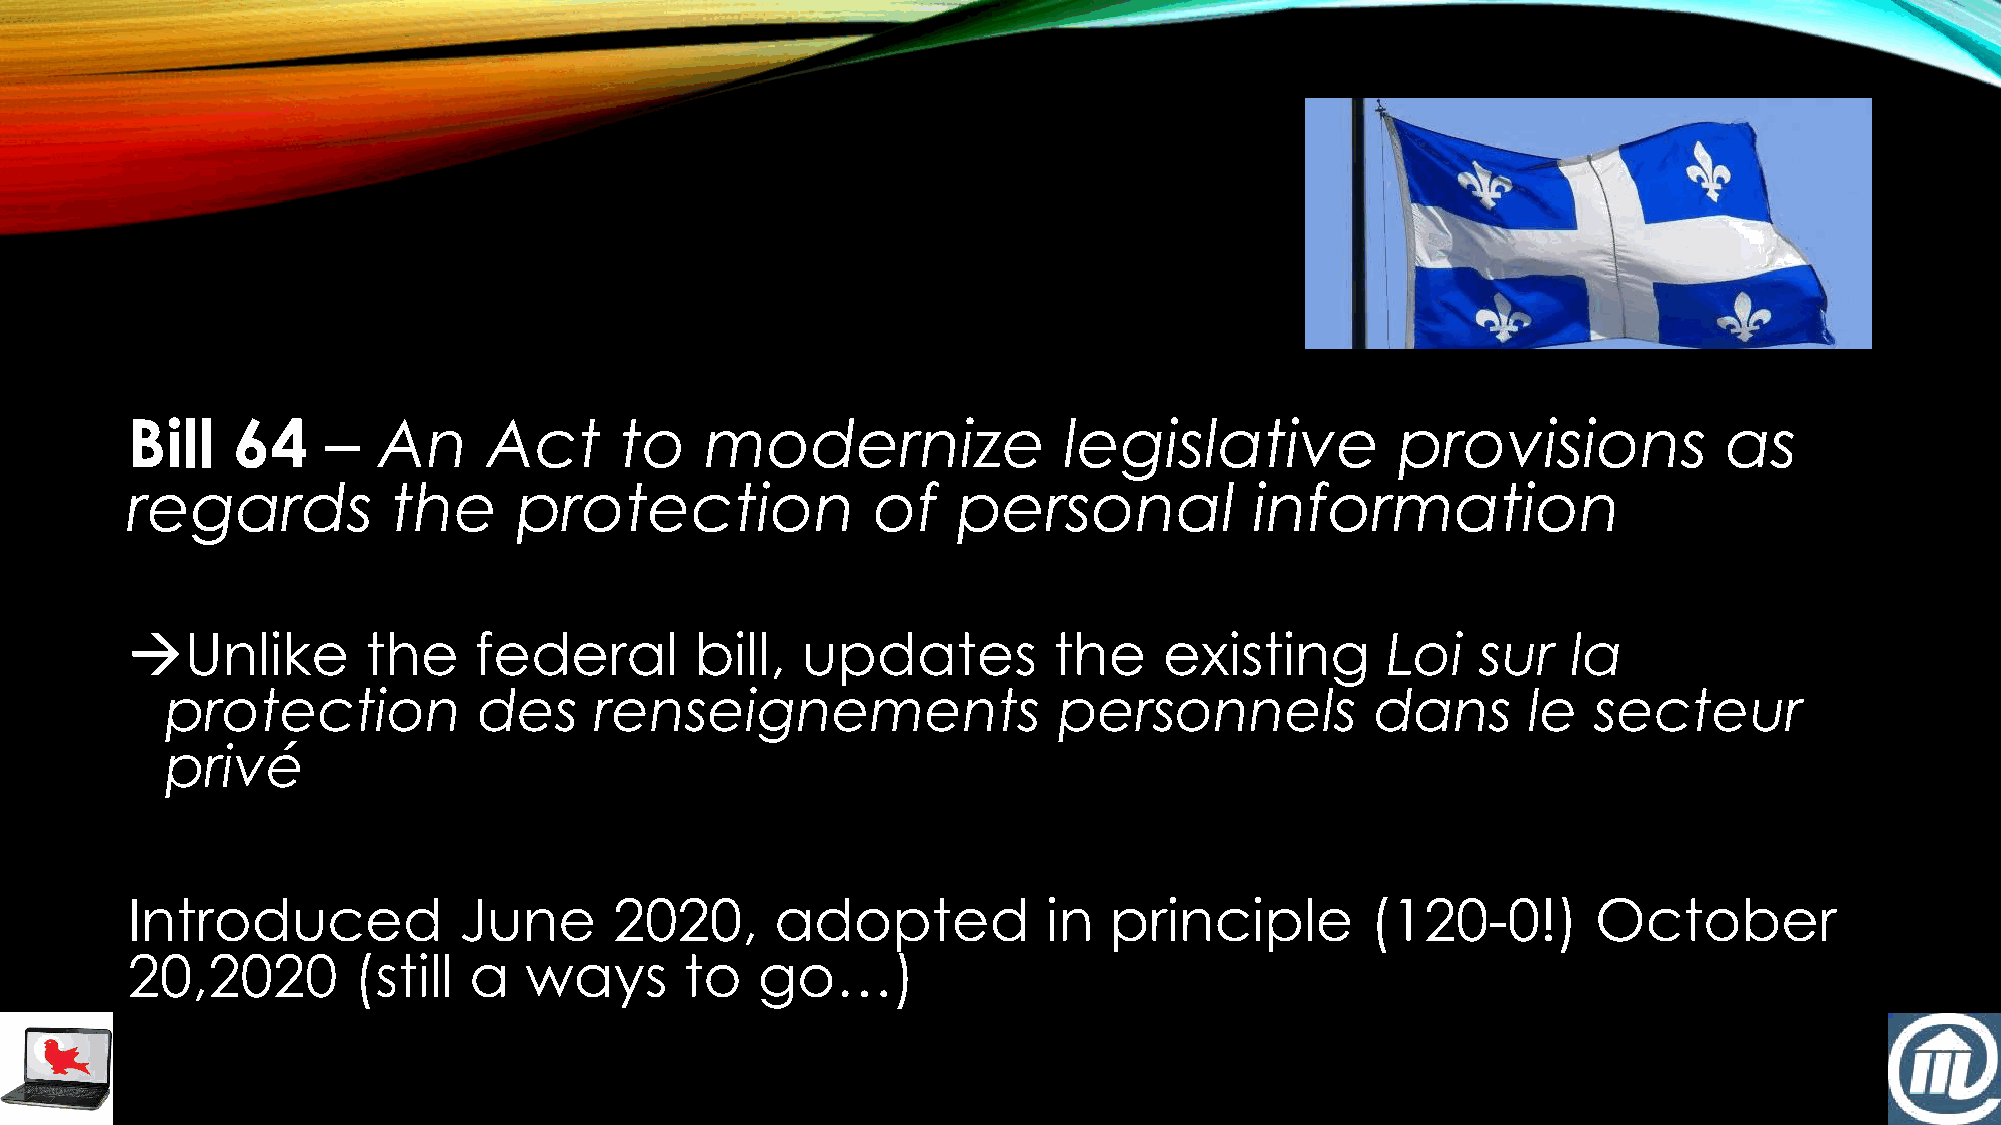
Bill   64     –  An     Act      to    modernize              legislative            provisions           as
 regards           the     protection              of   personal            information
 →Unlike         the    federal        bill,  updates          the    existing       Loi   sur   la
 protection           des    renseignements                 personnels           dans      le   secteur
 privé
 Introduced            June       2020,     adopted           in  principle         (120-0!)       October
 20,2020        (still  a   ways      to   go…)